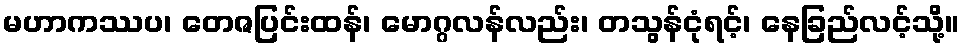
မဟာကဿပ၊ တေဇပြင်းထန်၊ မောဂ္ဂလန်လည်း၊ တသွန်ငုံရင့်၊ နေခြည်လင့်သို့။